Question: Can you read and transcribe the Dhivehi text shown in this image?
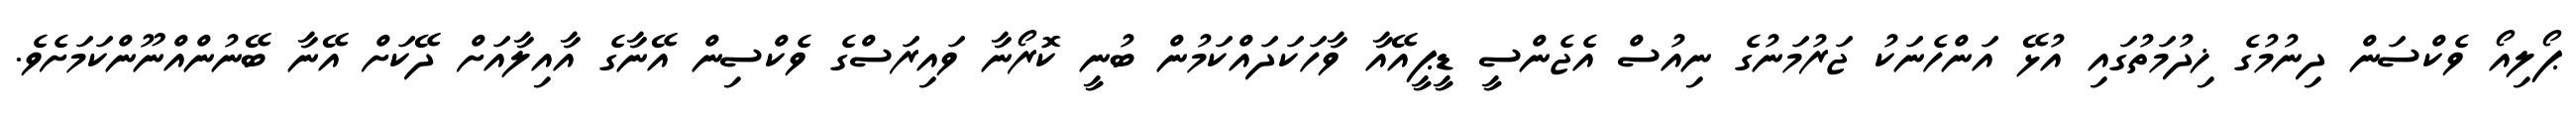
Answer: ޕޯލިއޯ ވެކްސަން ދިނުމުގެ ޚިދުމަތުގައި އުޅޭ އަންހެނަކު ޖަރުމަނުގެ ނިއުސް އެޖެންސީ ޑީޕީއޭއާ ވާހަކަދައްކަމުން ބުނީ ކޮރޯނާ ވައިރަސްގެ ވެކްސިން އޭނާގެ އާއިލާއަށް ދޭކަށް އޭނާ ބޭނުންއްނޫންކަމަށެވެ.